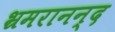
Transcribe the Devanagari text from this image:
भ्रमरानन्‍द